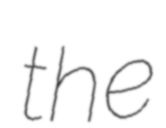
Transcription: the